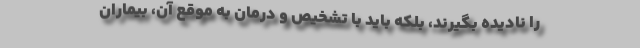
را نادیده بگیرند، بلکه باید با تشخیص و درمان به موقع آن، بیماران